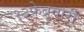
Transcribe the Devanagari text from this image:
१३फेब्रुवारी